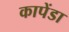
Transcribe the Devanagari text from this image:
कापेंडा